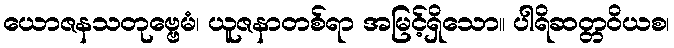
ယောဇနသတုဗ္ဗေမံ၊ ယူဇနာတစ်ရာ အမြင့်ရှိသော။ ပါရိဆတ္တဝိယစ၊